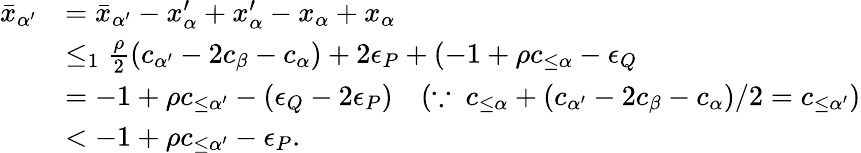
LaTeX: \begin{array}{rl}{\bar{x}_{\alpha^{\prime}}}&{=\bar{x}_{\alpha^{\prime}}-x_{\alpha}^{\prime}+x_{\alpha}^{\prime}-x_{\alpha}+x_{\alpha}}\\ &{\leq_{1}\frac{\rho}{2}(c_{\alpha^{\prime}}-2c_{\beta}-c_{\alpha})+2\epsilon_{P}+(-1+\rho c_{\leq\alpha}-\epsilon_{Q}}\\ &{=-1+\rho c_{\leq\alpha^{\prime}}-(\epsilon_{Q}-2\epsilon_{P})\quad(\because\ c_{\leq\alpha}+(c_{\alpha^{\prime}}-2c_{\beta}-c_{\alpha})/2=c_{\leq\alpha^{\prime}})}\\ &{<-1+\rho c_{\leq\alpha^{\prime}}-\epsilon_{P}.}\end{array}